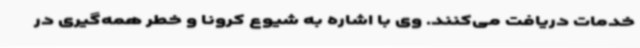
خدمات دریافت می‌کنند. وی با اشاره به شیوع کرونا و خطر همه‌گیری در